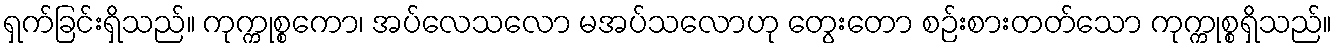
ရှက်ခြင်းရှိသည်။ ကုက္ကုစ္စကော၊ အပ်လေသလော မအပ်သလောဟု တွေးတော စဉ်းစားတတ်သော ကုက္ကုစ္စရှိသည်။